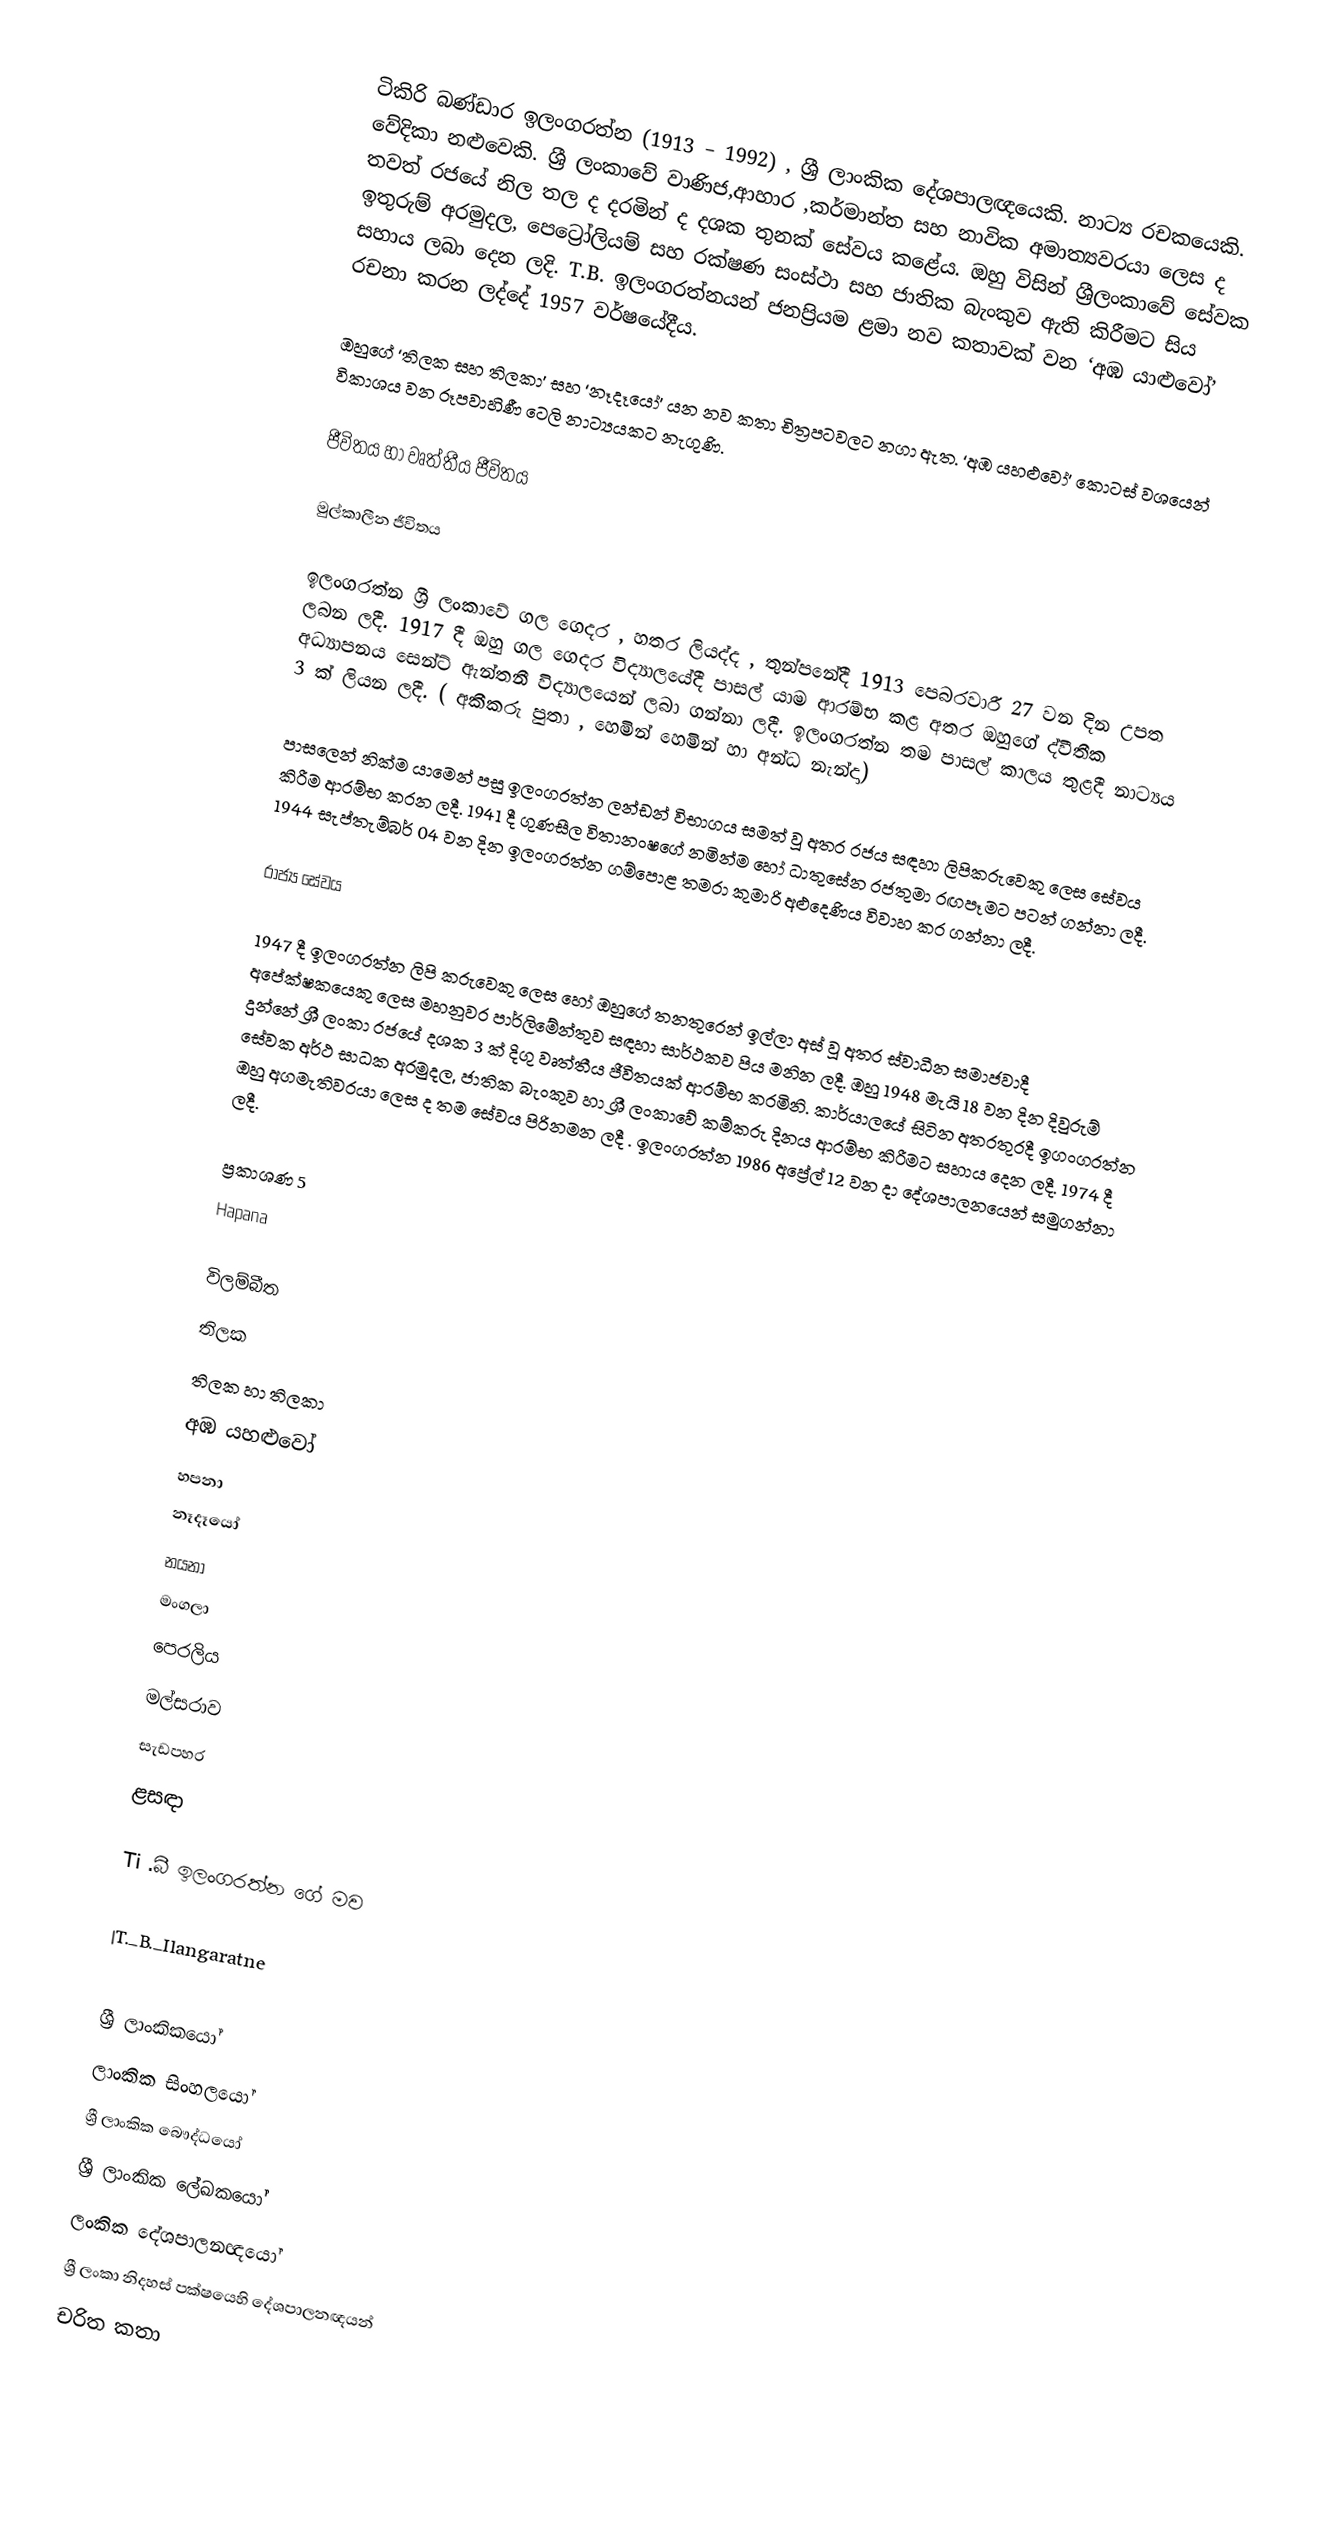
ටිකිරි බණ්ඩාර ඉලංගරත්න (1913 – 1992) , ශ්‍රී ලාංකික දේශපාලඥයෙකි. නාට්‍ය රචකයෙකි. වේදිකා නළුවෙකි. ශ්‍රී ලංකාවේ වාණිජ,ආහාර ,කර්මාන්ත සහ නාවික අමාත්‍යවරයා ලෙස ද තවත් රජයේ නිල තල ද දරමින් ද දශක තුනක් සේවය කළේය. ඔහු විසින් ශ්‍රීලංකාවේ සේවක ඉතුරුම් අරමුදල, පෙට්‍රෝලියම් සහ රක්ෂණ සංස්ථා සහ ජාතික බැංකුව ඇති කිරීමට සිය සහාය ලබා දෙන ලදි. T.B. ඉලංගරත්නයන් ජනප්‍රියම ළමා නව කතාවක් වන ‘අඹ යාළුවෝ’ රචනා කරන ලද්දේ 1957 වර්ෂයේදීය.

ඔහුගේ ‘තිලක සහ තිලකා’ සහ ‘නෑදෑයෝ’ යන නව කතා චිත්‍රපටවලට නගා ඇත. ‘අඹ යහළුවෝ’ කොටස් වශයෙන් විකාශය වන රූපවාහිණී ටෙලි නාට්‍යයකට නැගුණි.

ජීවිතය හා වෘත්තීය ජීවිතය

මුල්කාලීන ජීවිතය

ඉලංගරත්න ශ්‍රී ලංකාවේ ගල ගෙදර , හතර ලියද්ද , තුන්පනේදී 1913 පෙබරවාරී 27 වන දින උපත ලබන ලදී‍. 1917 දී ඔහු ගල ගෙදර විද්‍යාලයේදී පාසල් යාම ආරම්භ කළ අතර ඔහු‍ගේ ද්වීතීක අධ්‍යාපනය සෙන්ට් ඇන්තනී විද්‍යාලයෙන් ලබා ගන්නා ලදී. ඉලංගරත්න තම පාසල් කාලය තුළදී නාට්‍යය 3 ක් ලියන ලදී. ( අකීකරු පුතා , හෙමින් හෙමින් හා අන්ධ නැන්දා)

පාසලෙන් නික්ම යාමෙන් පසු ඉලංගරත්න ලන්ඩන් විභාගය සමත් වූ අතර රජය සඳහා ලිපිකරුවෙකු ලෙස සේවය කිරීම ආරම්භ කරන ලදී. 1941 දී ගුණසීල විතානංෂගේ නමින්ම හෝ ධාතුසේන රජතුමා රඟපෑමට පටන් ගන්නා ලදී. 1944 සැප්තැම්බර් 04 වන දින ඉලංගරත්න ගම්පොළ තමරා කුමාරි අළුදෙණිය විවාහ කර ගන්නා ලදී.

රාජ්‍ය සේවය

1947 දී ඉලංගරත්න ලිපි කරුවෙකු ලෙස හෝ ඔහුගේ තනතුරෙන් ඉල්ලා අස් වූ අතර ස්වාධීන සමාජවාදී අපේක්ෂකයෙකු ලෙස මහනුවර පාර්ලිමේන්තුව සඳහා සාර්ථකව පිය මනින ලදී. ඔහු 1948 මැයි 18 වන දින දිවුරුම් දුන්නේ ශ්‍රී ලංකා රජයේ දශක 3 ක් දිගු වෘත්තීය ජීවිතයක් ආරම්භ කරමිනි. කාර්යාලයේ සිටින අතරතුරදී ඉගංගරත්න සේවක අර්ථ සාධක අරමුදල, ජාතික බැංකුව හා ශ්‍රී ලංකාවේ කම්කරු දිනය ආරම්භ කිරීමට සහාය දෙන ලදී. 1974 දී ඔහු අගමැතිවරයා ලෙස ද තම සේවය පිරිනමන ලදී . ඉලංගරත්න 1986 අප්‍රේල් 12 වන දා දේශපාලනයෙන් සමුගන්නා ලදී.

ප්‍රකාශණ  5
Hapana

 විලම්බීත
 තිලක
 තිලක හා තිලකා
 අඹ යහළුවෝ
 හපනා
 නෑදෑයෝ
 නයනා
 මංගලා
 පෙරලිය
 මල්සරාව
 සැඩපහර
 ළසඳා

Ti .බී ඉලංගරත්න ගේ මව

|T._B._Ilangaratne

ශ්‍රී ලාංකිකයෝ
ලාංකික සිංහලයෝ
ශ්‍රී ලාංකික බෞද්ධයෝ
ශ්‍රී ලාංකික ලේඛකයෝ
ලංකික දේශපාලනඥයෝ
ශ්‍රී ලංකා නිදහස් පක්ෂයෙහි දේශපාලනඥයන්
චරිත කතා